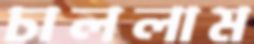
চাললাম